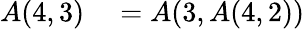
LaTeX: \begin{array}{rl}{A(4,3)}&{{}=A(3,A(4,2))}\end{array}